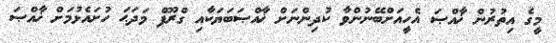
މީގެ އިތުރުން ޚާއްޞަ އެހީއަށްބޭނުންވާ ކުދިންނަށް ޚާއްޞަބަޔަކާއި ގްރޫޕް މަދަޙަ ހުށައެޅުމަށް ޚާއްޞަ